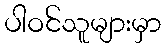
ပါဝင်သူများမှာ